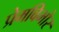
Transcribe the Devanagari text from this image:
प्रेमविभोर